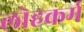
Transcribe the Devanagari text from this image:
लोहकर्म